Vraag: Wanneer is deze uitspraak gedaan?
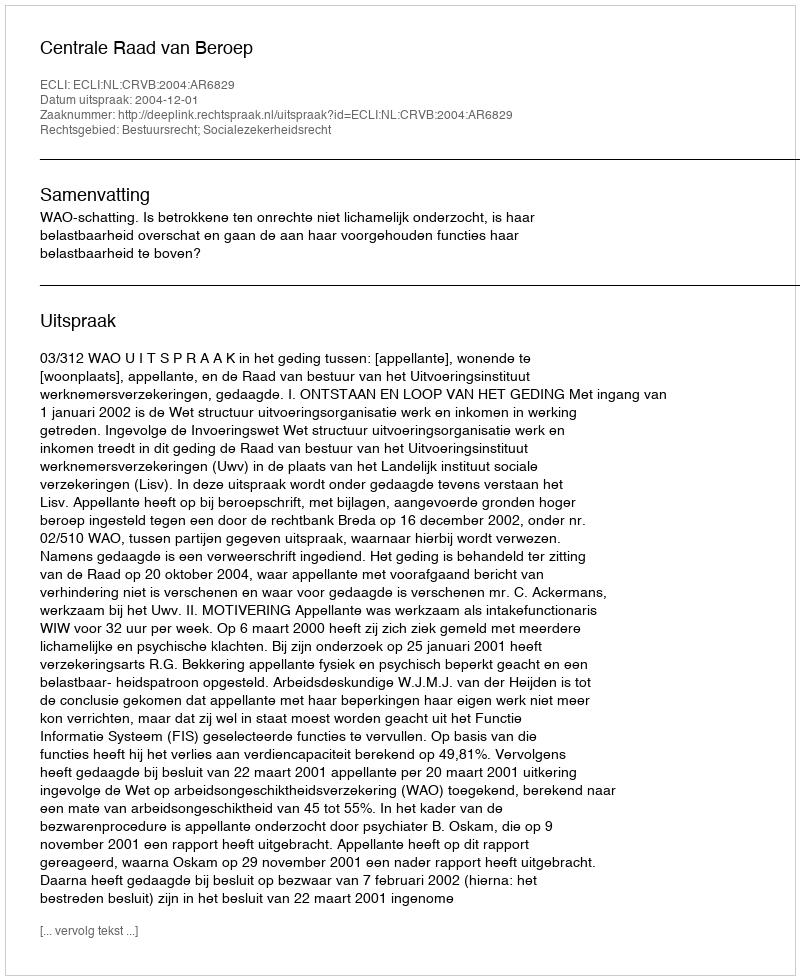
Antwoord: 2004-12-01